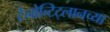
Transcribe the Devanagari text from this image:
टेनोच्टिट्लानच्या